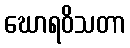
ဃောရဝိသတာ